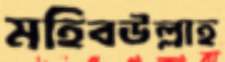
মহিবউল্লাহ